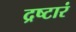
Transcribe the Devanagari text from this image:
द्रष्टारं